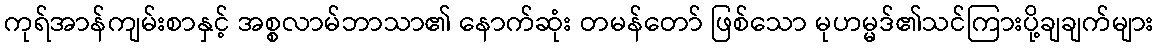
ကုရ်အာန်ကျမ်းစာနှင့် အစ္စလာမ်ဘာသာ၏ နောက်ဆုံး တမန်တော် ဖြစ်သော မုဟမ္မဒ်၏သင်ကြားပို့ချချက်များ